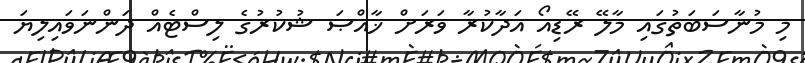
މި މުނާސަބަތުގައި މާލޭ ރޭޑިއޯ އަދާކުރާ ވަރަށް ޚާއްޞަ ޝުކުރުގެ ލިސްޓެއް ދަންނަވައިލިޔަ